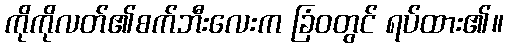
ကိုကိုလတ်၏စက်ဘီးလေးက ခြံဝတွင် ရပ်ထား၏။